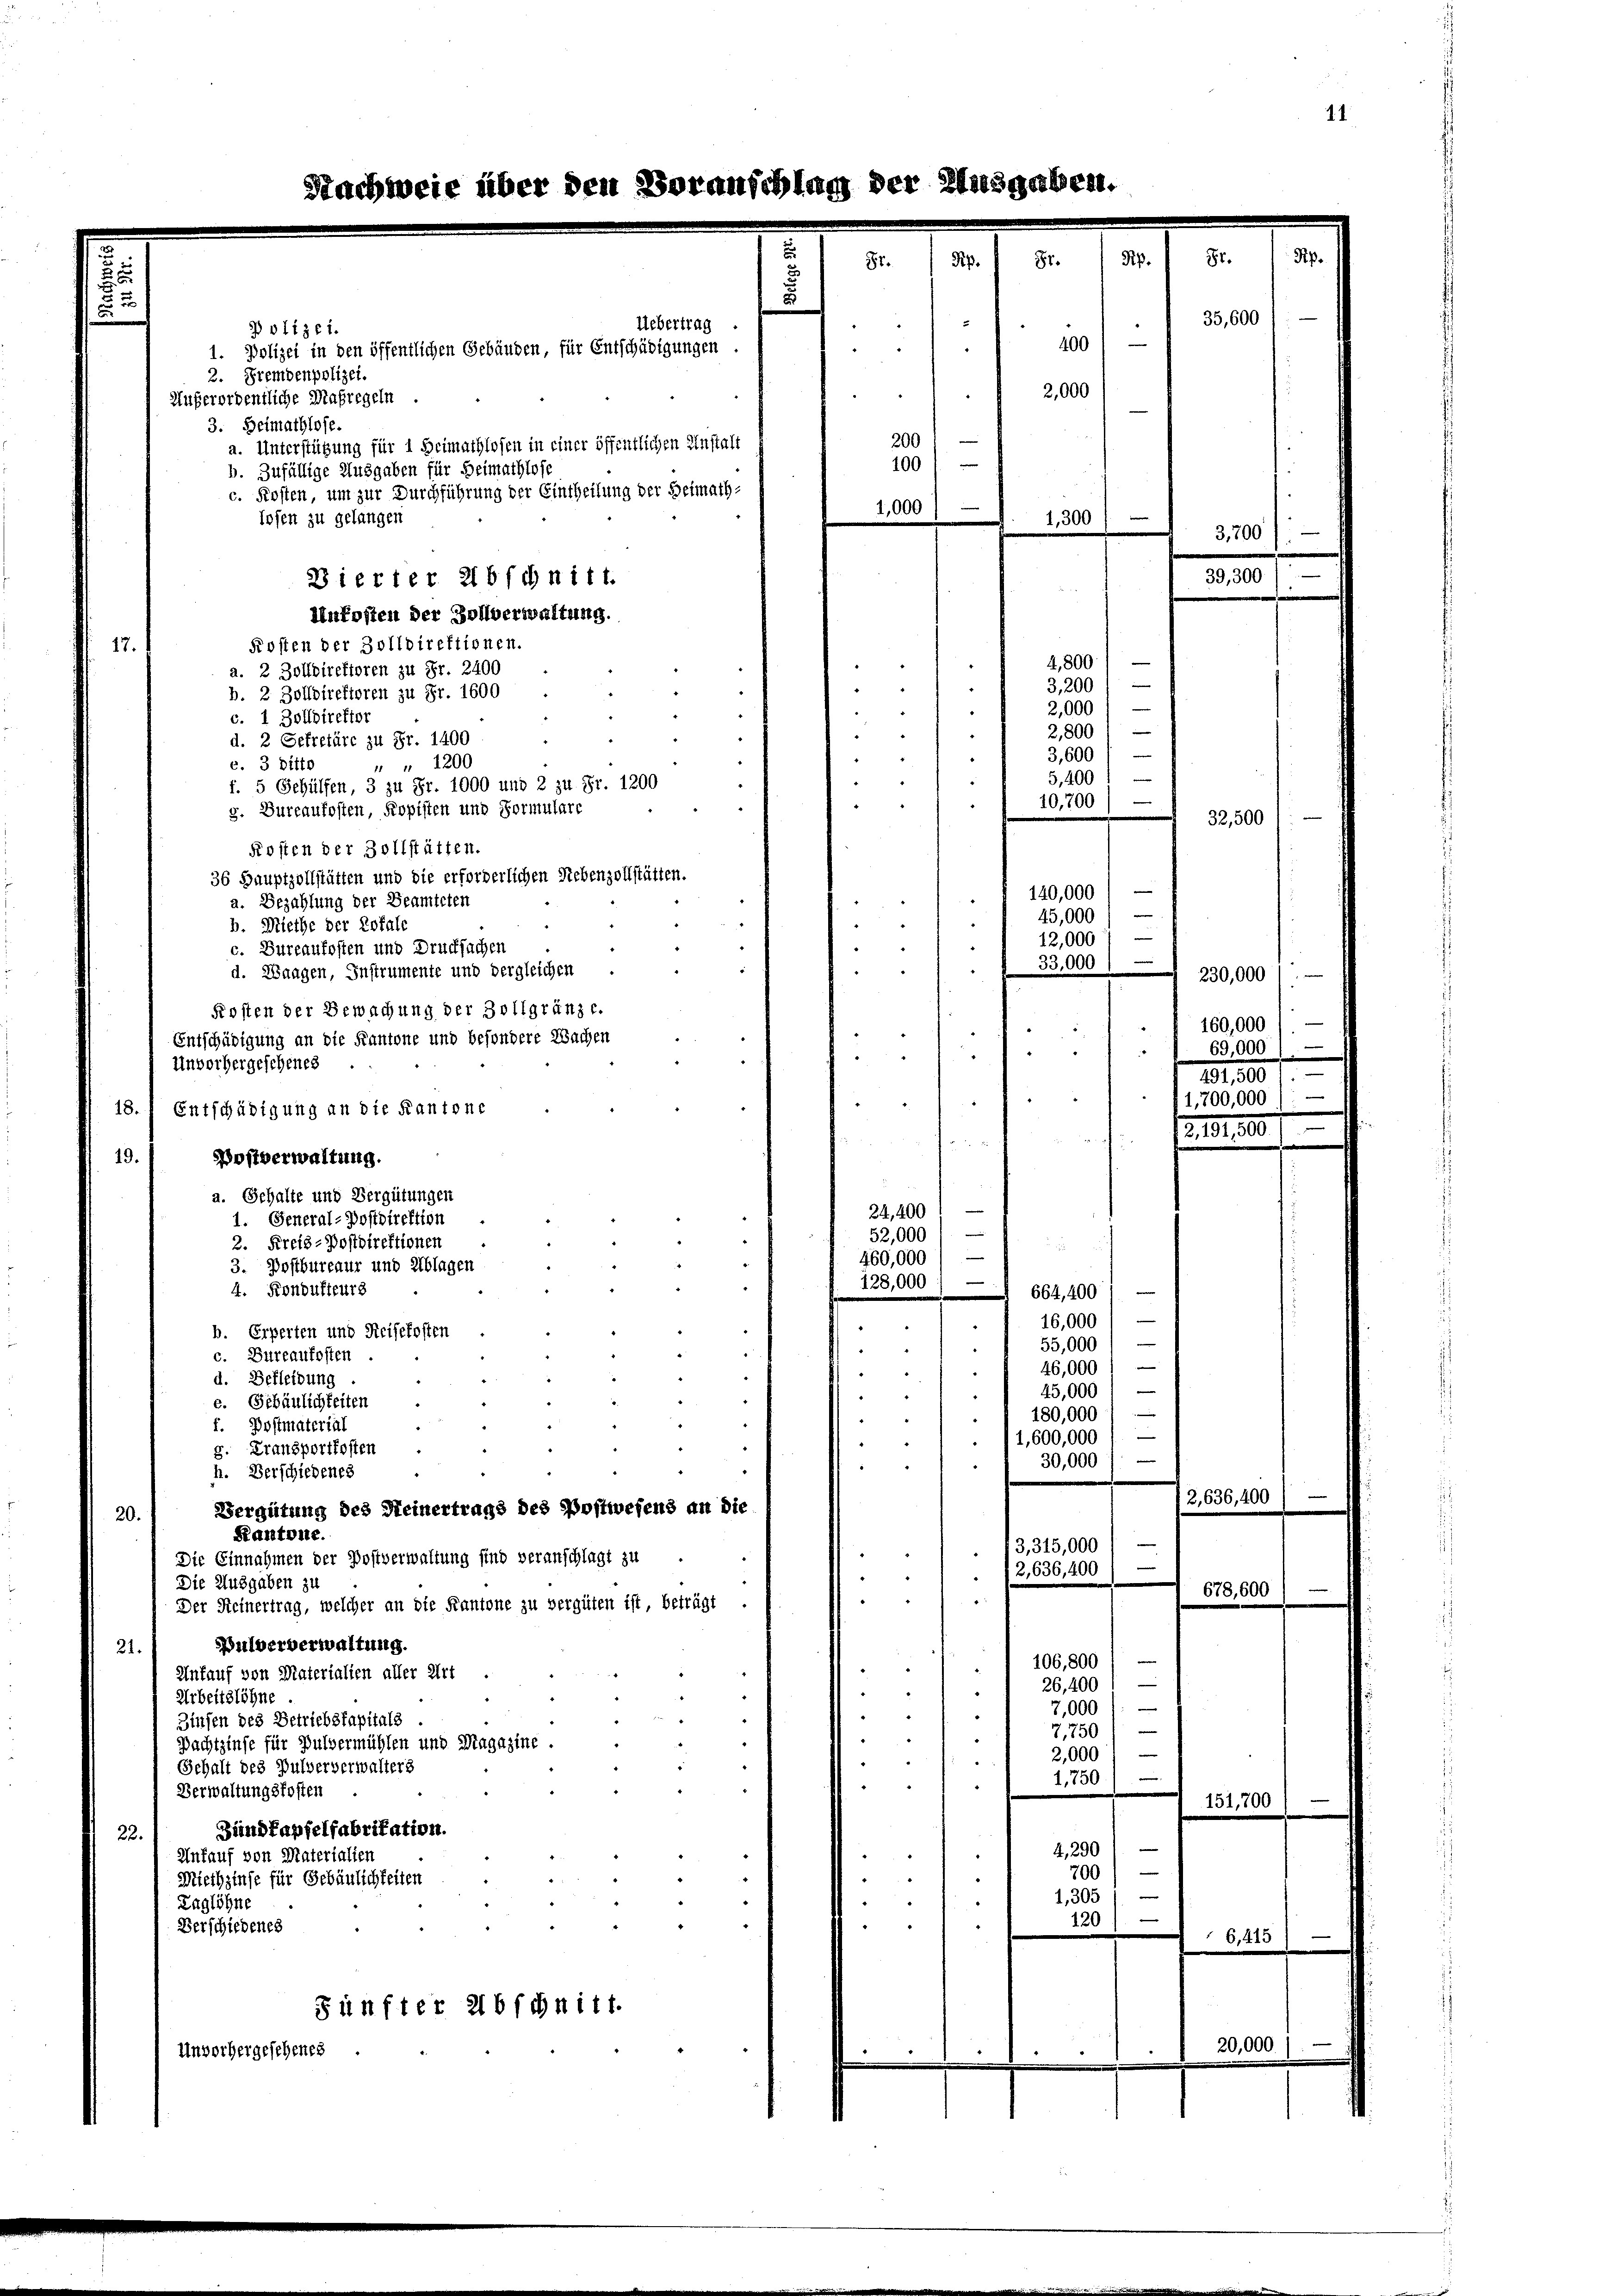
Nachweis über den Voranschlag der Ausgabe

Uebertrag
Polizei.

1. Polizei in den öffentlichen Gebäuden, für Entschädigungen
2. Fremdenpolizei.
Bierter abschnitt.
Unkosten der Zollverwaltung.
Kosten der Zolldirektionen.
17.
4
4,800.
a. 2 Zolldirektoren zu Fr. 2400
3,200)
b. 2 Zolldirektoren zu Fr. 1600.
“
2,000 " —
c. 1 Zolldirektor
2,800 / —
d. 2 Gefretäre zu Fr. 1400
e
3,600
c. 3 Ditto
" " 1200
e
5,400
f. 5 Gehülfen, 3 zu Fr. 1000 und 2 zu Fr. 1200
10,700
g. Dureaufosten, Kopisten und Formulare
.
Kosten der Zollstätten.
36 Hauptzollstätten und die erforderlichen Nebenzollstätten.
e
140,000
.
a. Bezahlung der Beamteten
e
45,000
b. Diethe der Rofale
12,000
c. Bureaufosten und Drucksachen
33,000 f
d. Wangen, Instrumente und dergleichen
Fosten der Bewachung der Zollgränze.
Entschädigung an die Kantone und besondere Wachen
.
Unvorhergeschenes
18. Entschädigung an die Kantone
.
Dostverwaltung.
19.
a. Gehalte und Vergütungen

24,400
1. General-Postdirektion
52,000
2. Kreis-Postdirektionen

—
460,000
3. Postbureaur und Ablagen
.
128,000
4. Fondukteurs
664,4001—
e
e
16,000
.
.
b. Erperten und Reisekosten
55,000
2
.
.
c. Bureaufosten.
46,000
.
d. Befleibung
45,000
e. Gebäulichkeiten
180,000
f. Postmaterial
/1,600,000 / —
g. Transportkosten
e
30,000
h. Verschiedenes
Vergütung des Meinertrage des Postwesens an die
20.
Kantone.
e
3,315,000
Die Einnahmen der Postverwaltung sind veranschlagt zu
e
(2,636,400
Die Ausgaben zu
Der Seinertrag, welcher an die Kantone zu vergüten ist, beträgt .
Pulververwaltung.
21.
e
106,800
Unfauf von Materialien aller Art
e
26,400
Arbeitslöhne
7,000 l.
Zinsen des Betriebstapitals.
7,750)
Pachtzinse für Pulvermühlen und Magazine
e
2,000
Gehalt des Pulververwalters
1,750
Verwaltungskosten
.
Bundkapfelfabritation.
22.
4, 290
Ankauf von Materialien
e
700
Miethzinse für Gebäulichkeiten
|
1,305
Taglöhne
120
4
Verschiedenes
.
Fünfter 216 fchnitt.
Unvorhergesehenes
.

Außerordentliche Maßregeln
3. Heimathlose.
a. Unterstützung für 1 Heimathlosen in einer öffentlichen Anstalt
b. Zufällige Ausgaben für Heimathlofe
c. Kosten, um zur Durchführung der Eintheilung der Heimathlosen zu gelangen

87.

d

2

200
100)
1,000
1,300
e

4001
2,000

230,000
e
160,000
69,000 l.
491,500). —

/2,636,400

35,600

32.

00

50

1,700,000

678,600

151,700

15

11